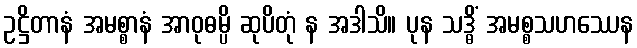
ဥဋ္ဌိတာနံ အမစ္စာနံ အာဝုဓမ္ပိ ဆုပိတုံ န အဒါသိ။ ပုန သဒ္ဓိံ အမစ္စသဟဿေန